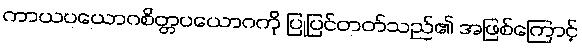
ကာယပယောဂစိတ္တပယောဂကို ပြုပြင်တတ်သည်၏ အဖြစ်ကြောင့်